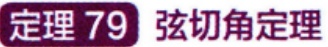
定理 79 弦切角定理